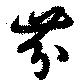
芬